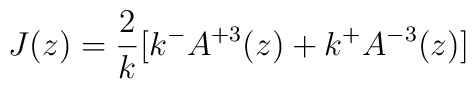
J(z) = \frac{2}{k} [k^{-}A^{+3}(z) + k^{+}A^{-3}(z)]